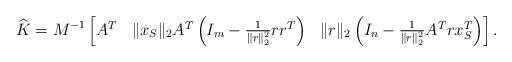
LaTeX: \begin{align*} \widehat{K}=M^{-1}\begin{bmatrix} A^T & \|x_S\|_2A^T\left(I_m-\frac{1}{\|r\|_2^2}rr^T\right) & \|r\|_2\left(I_n-\frac{1}{\|r\|_2^2}A^Trx_S^T\right) \end{bmatrix}.\end{align*}